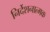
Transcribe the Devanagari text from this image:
निर्देशनात्मक